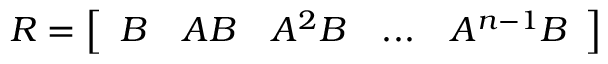
R = { \left[ \begin{array} { l l l l l } { B } & { A B } & { A ^ { 2 } B } & { . . . } & { A ^ { n - 1 } B } \end{array} \right] }